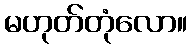
မဟုတ်တုံလော။